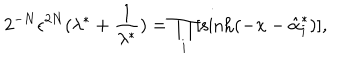
LaTeX: 2 ^ { - N } \epsilon ^ { 2 N } ( \lambda ^ { * } + \frac { 1 } { \lambda ^ { * } } ) = \prod _ { i } [ \sinh ( - x - \hat { \alpha } _ { i } ^ { * } ) ] ,